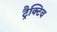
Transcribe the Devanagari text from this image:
ट्रैक्टिव